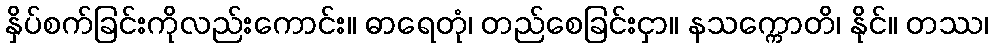
နှိပ်စက်ခြင်းကိုလည်းကောင်း။ ဓာရေတုံ၊ တည်စေခြင်းငှာ။ နသက္ကောတိ၊ နိုင်။ တဿ၊